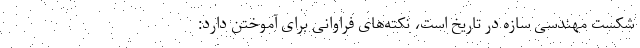
شکست مهندسی سازه‌ در تاریخ است، نکته‌های فراوانی برای آموختن دارد: